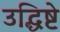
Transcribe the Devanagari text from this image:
उद्धिष्टे